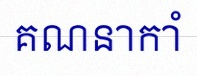
គណនាកាំ